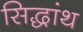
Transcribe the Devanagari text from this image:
सिद्धांथ